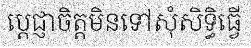
ប្តេជ្ញាចិត្តមិនទៅសុំសិទ្ធិធ្វើ